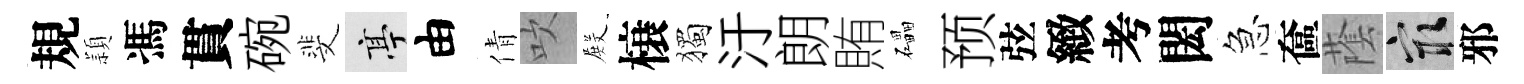
規頴馮貫碗斐亭由倩吹𭮺榱獨汙朗賄礧预弦緻考閎急奩䕃冣邪